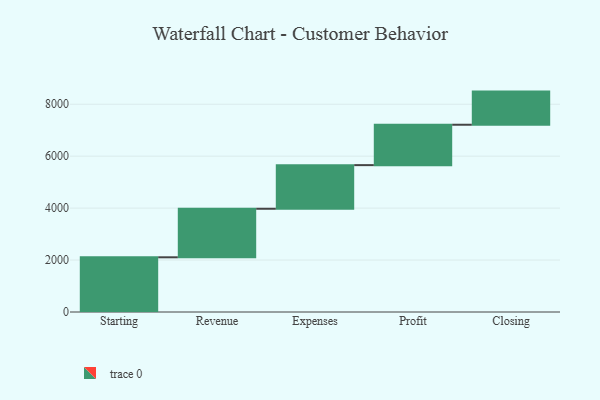
{"axis": {"x": "Step", "y": "Value"}, "legend": [""], "data": [{"x": "Starting", "y": 2106.0, "type": ""}, {"x": "Revenue", "y": 1869.0, "type": ""}, {"x": "Expenses", "y": 1680.0, "type": ""}, {"x": "Profit", "y": 1555.0, "type": ""}, {"x": "Closing", "y": 1276.0, "type": ""}]}